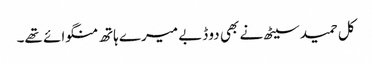
کل حمید سیٹھ نے بھی دو ڈبے میرے ہاتھ منگوائے تھے۔